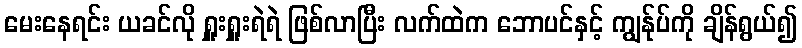
မေးနေရင်း ယခင်လို ရှူးရှူးရဲရဲ ဖြစ်လာပြီး လက်ထဲက ဘောပင်နှင့် ကျွန်ုပ်ကို ချိန်ရွယ်၍